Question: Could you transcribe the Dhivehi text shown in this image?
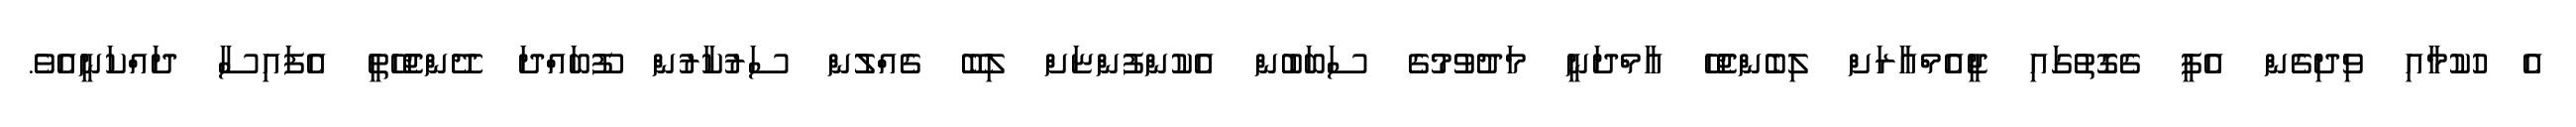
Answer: އެ ހުކުމާއި ވިދިގެން އެފީ ގެގޮތުގައި ޖީއެމްއާރަށް ލިބެންޖެހޭ އާމްދަނީ މަދުވުމުގެ ސަބަބުން އެކުންފުންޏަށް ލިބޭ ގެއްލުން ސަރުކާރުން ފޫބައްދަ ދޭންޖެހޭތީ އެފައިސާ ދައްކަނީއެވެ.